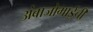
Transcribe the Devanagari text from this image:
अंबाजोगाईची